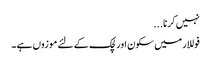
نہیں کرنا...
فوللار میں سکون اور لچک کے لئے موزوں ہے ۔